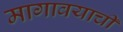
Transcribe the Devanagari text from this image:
मागावयाची